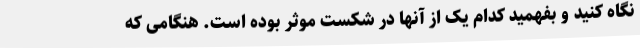
نگاه کنید و بفهمید کدام یک از آنها در شکست موثر بوده است. هنگامی که